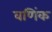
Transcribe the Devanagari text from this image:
वणिंक